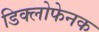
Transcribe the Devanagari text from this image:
डिक्लोफेनक